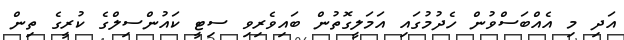
އަދި މި އެއްބަސްވުން ހެދުމުގައި އަމަލީގޮތުން ބައިވެރިވި ސިޓީ ކައުންސިލްގެ ކުރީގެ ތިން